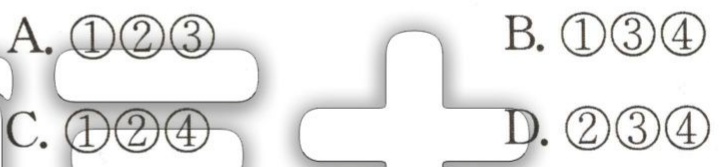
A. \textcircled{1}\textcircled{2}\textcircled{3}  B. \textcircled{1}\textcircled{3}\textcircled{4}
C. \textcircled{1}\textcircled{2}\textcircled{4}  D. \textcircled{2}\textcircled{3}\textcircled{4}